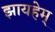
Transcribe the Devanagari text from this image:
झायहेम्